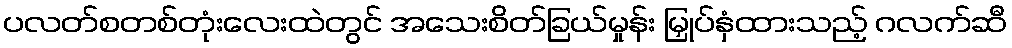
ပလတ်စတစ်တုံးလေးထဲတွင် အသေးစိတ်ခြယ်မှုန်း မြှုပ်နှံထားသည့် ဂလက်ဆီ